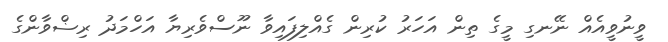
ވީނުވީއެއް ނޭނގި މީގެ ތިން އަހަރު ކުރިން ގެއްލިފައިވާ ނޫސްވެރިޔާ އަހްމަދު ރިޟްވާންގެ